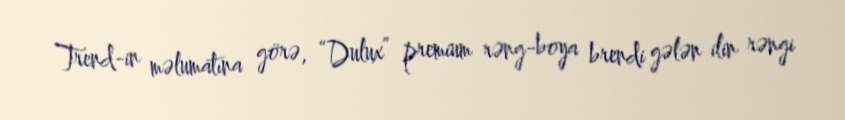
Trend-in məlumatına görə, “Dulux” premium rəng-boya brendi gələn ilin rəngi